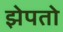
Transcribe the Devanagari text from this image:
झेपतो